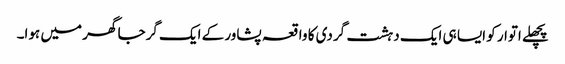
پچھلے اتوار کو ایسا ہی ایک دہشت گردی کا واقعہ پشاور کے ایک گرجا گھر میں ہوا۔